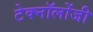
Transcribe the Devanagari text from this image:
टेक्नॉलोंजी